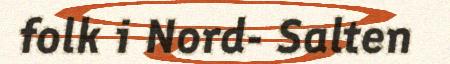
folk i Nord- Salten